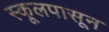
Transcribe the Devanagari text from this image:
स्कूलपासून